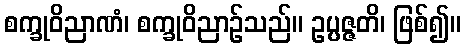
စက္ခုဝိညာဏံ၊ စက္ခုဝိညာဉ်သည်။ ဥပ္ပဇ္ဇတိ၊ ဖြစ်၍။